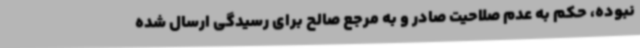
نبوده، حکم به عدم صلاحیت صادر و به مرجع صالح برای رسیدگی ارسال شده